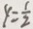
y = \frac { 1 } { 2 }